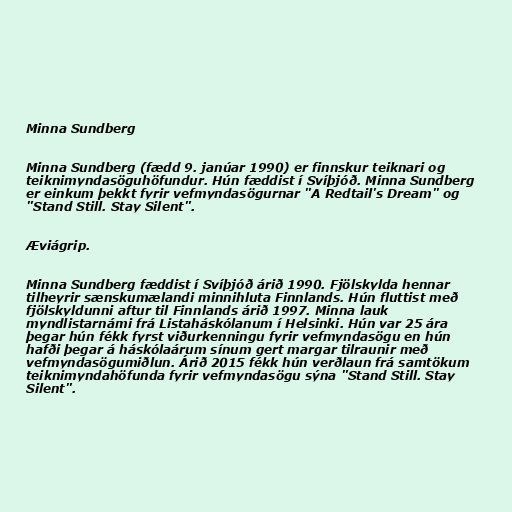
Minna Sundberg

Minna Sundberg (fædd 9. janúar 1990) er finnskur teiknari og
teiknimyndasöguhöfundur. Hún fæddist í Svíþjóð. Minna Sundberg
er einkum þekkt fyrir vefmyndasögurnar "A Redtail's Dream" og
"Stand Still. Stay Silent".

Æviágrip.

Minna Sundberg fæddist í Svíþjóð árið 1990. Fjölskylda hennar
tilheyrir sænskumælandi minnihluta Finnlands. Hún fluttist með
fjölskyldunni aftur til Finnlands árið 1997. Minna lauk
myndlistarnámi frá Listaháskólanum í Helsinki. Hún var 25 ára
þegar hún fékk fyrst viðurkenningu fyrir vefmyndasögu en hún
hafði þegar á háskólaárum sínum gert margar tilraunir með
vefmyndasögumiðlun. Árið 2015 fékk hún verðlaun frá samtökum
teiknimyndahöfunda fyrir vefmyndasögu sýna "Stand Still. Stay
Silent".